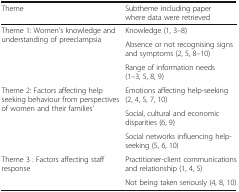
| Theme | Subtheme including paper where data were retrieved |
 | --- | --- |
 | <ROWSPAN=3> Theme 1: Women’s knowledge and understanding of preeclampsia | Knowledge (1, 3–8) |
 | Absence or not recognising signs and symptoms (2, 5, 8–10) |
 | Range of information needs (1–3, 5, 8, 9) |
 | <ROWSPAN=3> Theme 2: Factors affecting help seeking behaviour from perspectives of women and their families’ | Emotions affecting help-seeking (2, 4, 5, 7, 10) |
 | Social, cultural and economic disparities (6, 9) |
 | Social networks influencing help-seeking (5, 6, 10) |
 | <ROWSPAN=2> Theme 3 : Factors affecting staff response | Practitioner-client communications and relationship (1, 4, 5) |
 | Not being taken seriously (4, 8, 10) |